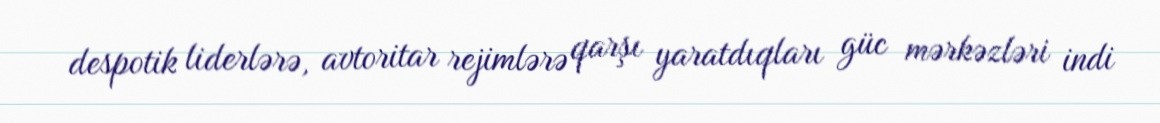
despotik liderlərə, avtoritar rejimlərə qarşı yaratdıqları güc mərkəzləri indi